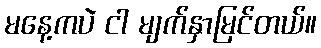
မနေ့ကပဲ ငါ မျက်နှာမြင်တယ်။